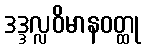
ဒဒ္ဒလ္လဝိမာနဝတ္ထု